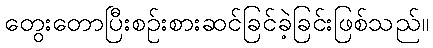
တွေးတောပြီးစဉ်းစားဆင်ခြင်ခဲ့ခြင်းဖြစ်သည်။